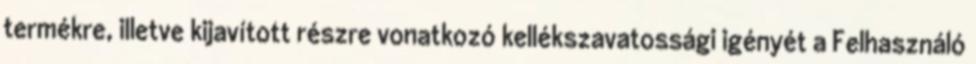
termékre, illetve kijavított részre vonatkozó kellékszavatossági igényét a Felhasználó